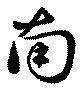
南